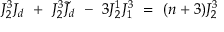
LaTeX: J _ { 2 } ^ { 3 } J _ { d } \ + \ J _ { 2 } ^ { 3 } \tilde { J } _ { d } \ - \ 3 J _ { 2 } ^ { 1 } J _ { 1 } ^ { 3 } \ = \ ( n + 3 ) J _ { 2 } ^ { 3 }